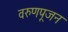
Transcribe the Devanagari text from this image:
वरुणपूजन